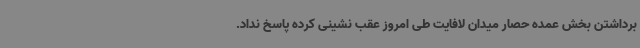
برداشتن بخش عمده حصار میدان لافایت طی امروز عقب نشینی کرده پاسخ نداد.